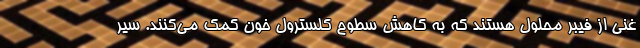
غنی از فیبر محلول هستند که به کاهش سطوح کلسترول خون کمک می‌کنند. ‌سیر